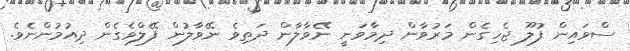
ސްވައިން ފުލޫ ޖެހިގެން މަރުވާން ދިމާވަނީ ނޭވާލާން ދަތިވެ ނޭވާލުން ފޭލްވެގެން ދިއުމުންނެވެ.